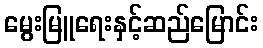
မွေးမြူရေးနှင့်ဆည်မြောင်း